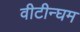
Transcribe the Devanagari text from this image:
वीटीन्घम